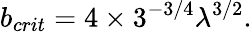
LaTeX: b_{crit}=4\times 3^{-3/4}\lambda^{3/2}.